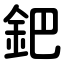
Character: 鈀